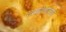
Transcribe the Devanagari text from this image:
तत्ववेत्त्याच्या